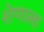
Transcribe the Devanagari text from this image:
शेणाला